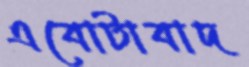
এবোটাবাদ